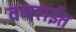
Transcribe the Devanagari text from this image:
वनरार्इत